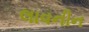
લાવનીન